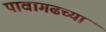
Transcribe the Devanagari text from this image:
पावागढच्या